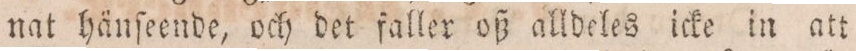
nat hänſeende, och det faller oß alldeles icke in att